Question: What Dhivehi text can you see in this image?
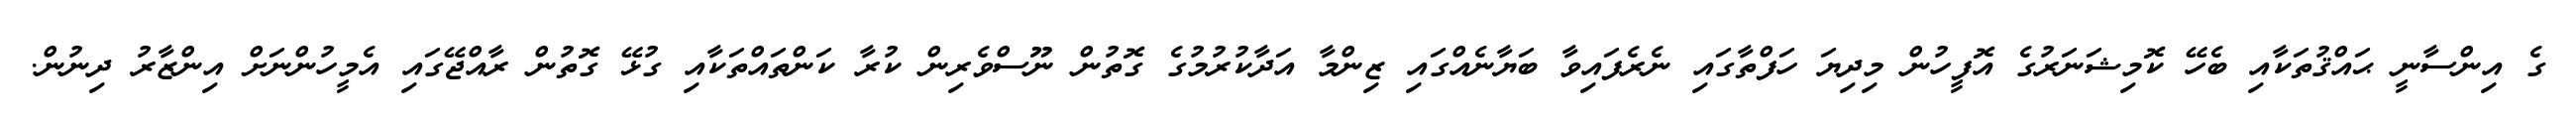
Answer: ގެ އިންސާނީ ޙައްޤުތަކާއި ބެހޭ ކޮމިޝަނަރުގެ އޮފީހުން މިދިޔަ ހަފްތާގައި ނެރެފައިވާ ބަޔާނެއްގައި ޒިންމާ އަދާކުރުމުގެ ގޮތުން ނޫސްވެރިން ކުރާ ކަންތައްތަކާއި ގުޅޭ ގޮތުން ރާއްޖޭގައި އެމީހުންނަށް އިންޒާރު ދިނުން.